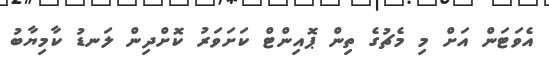
އެވަޓަން އަށް މި މެޗުގެ ތިން ޕޮއިންޓް ކަށަވަރު ކޮށްދިން ލަނޑު ކާމިޔާބު